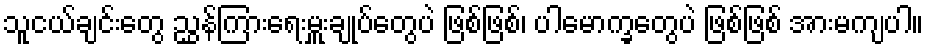
သူငယ်ချင်းတွေ ညွှန်ကြားရေးမှူးချုပ်တွေပဲ ဖြစ်ဖြစ်၊ ပါမောက္ခတွေပဲ ဖြစ်ဖြစ် အားမကျပါ။